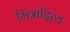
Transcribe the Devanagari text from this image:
मित्रादित्य